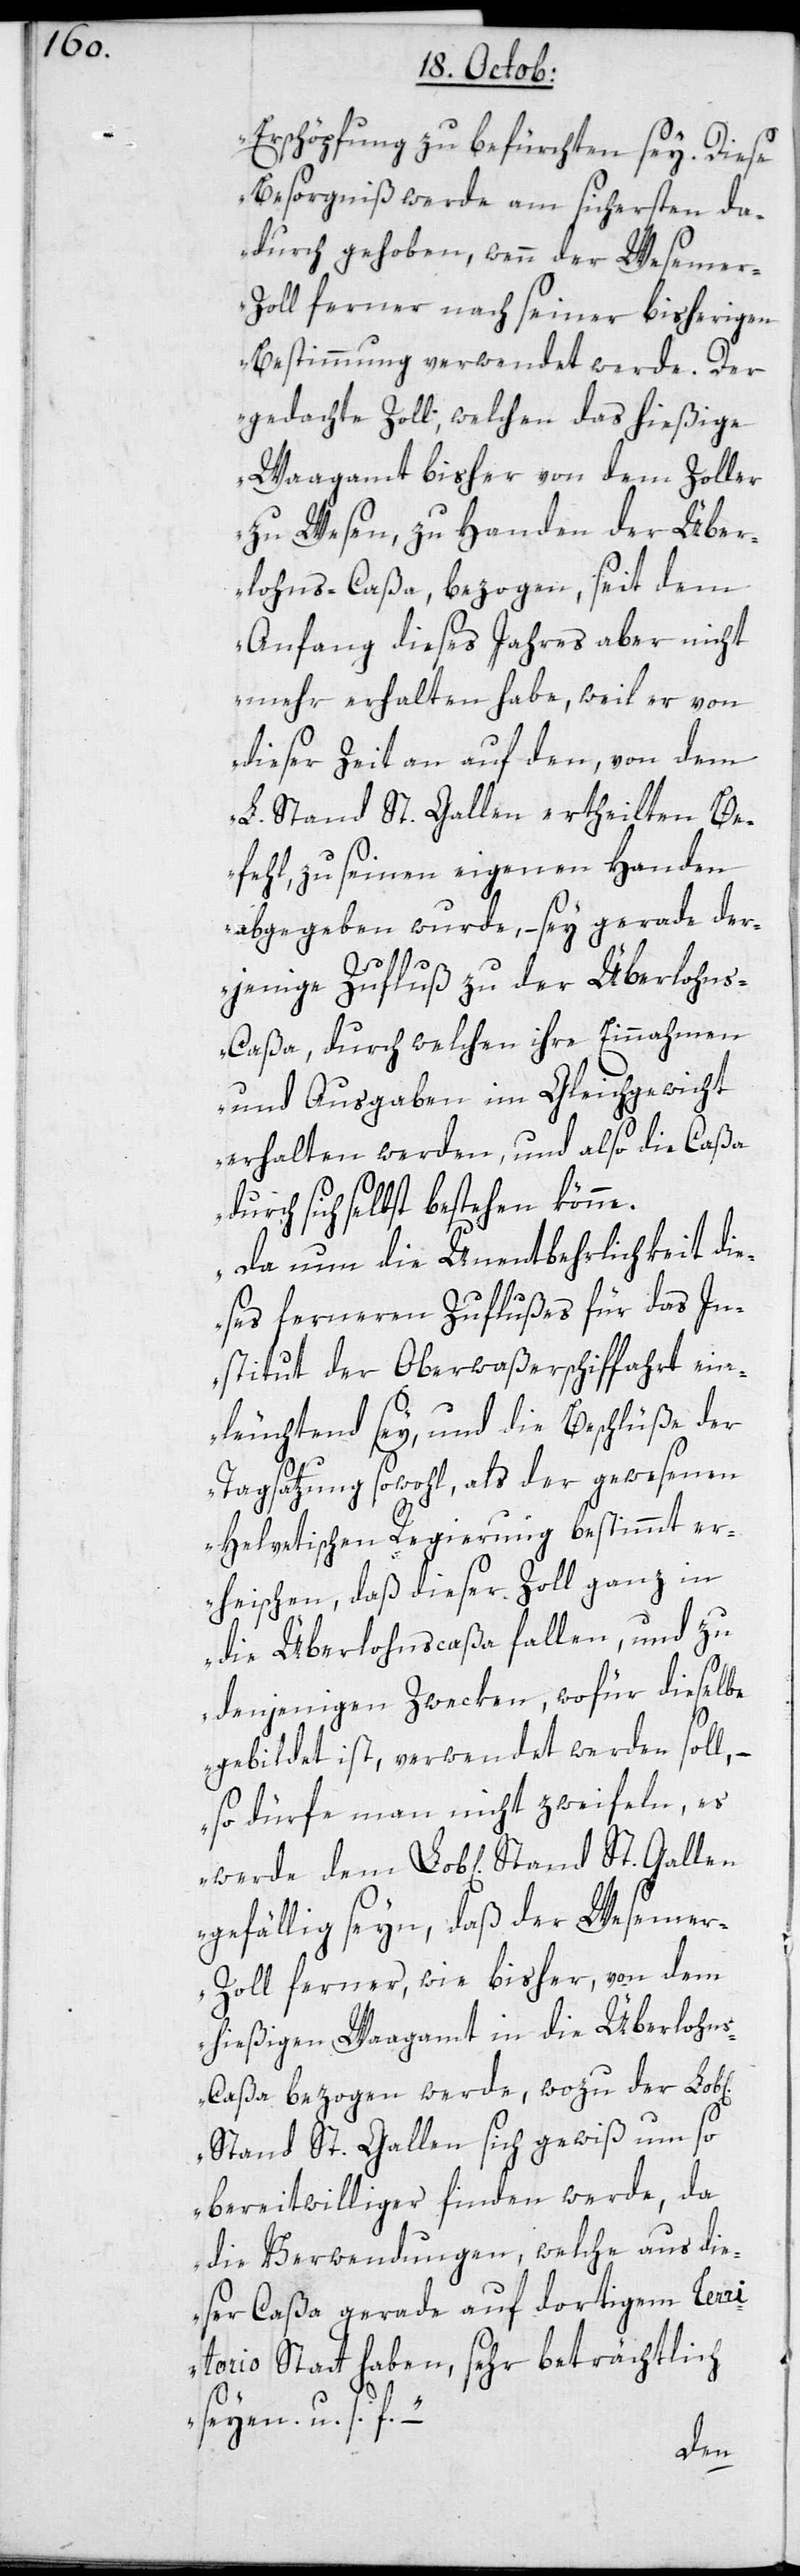
Erschöpfung zu befürchten sey. Diese
Besorgniß werde am sichersten da¬
durch gehoben, wenn der Weseme¬
r-Zoll ferner nach seiner bisherigen
Bestimmung verwendet werde. Der
gedachte Zoll, welchen das hießige
Waagamt bisher von dem Zoller
zu Wesen, zu Handen der Über¬
lohns-Caßa, bezogen, seit dem
Anfang dieses Jahres aber nicht
mehr erhalten habe, weil er von
dieser Zeit an auf den, von dem
L. Stand St. Gallen ertheilten Be¬
fehl, zu seinen eigenen Handen
abgegeben wurde, – sey gerade der¬
jenige Zufluß zu der Überlohn¬
s-Caßa, durch welchen ihre Einnahmen
und Ausgaben im Gleichgewicht
erhalten werden, und also die Caßa
durch sich selbst bestehen könne.
Da nun die Unentbehrlichkeit die¬
ses ferneren Zuflußes für das In¬
stitut der Oberwaßerschiffahrt ein¬
leuchtend sey, und die Beschlüße der
Tagsatzung sowohl, als der gewesenen
Helvetischen Regierung bestimmt er¬
heischen, daß dieser Zoll ganz in
die Überlohnscaßa fallen, und zu
denjenigen Zwecken, wofür dieselbe
gebildet ist, verwendet werden soll, –
so dürfe man nicht zweifeln, es
gefällig seyn, daß der Weseme¬
r-Zoll ferner, wie bisher, von dem
hießigen Waagamt in die Überlohn¬
s-Caßa bezogen werde, wozu der Lobl[i¬
Stand St. Gallen sich gewiß um so
bereitwilliger finden werde, da
die Verwendungen, welche aus die¬
ser Caßa gerade auf dortigem Terr¬
itorio Statt haben, sehr beträchtlich
seyen, u. s. f.“.
che]